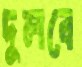
দুলবে